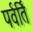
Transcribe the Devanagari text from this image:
पर्वर्ति